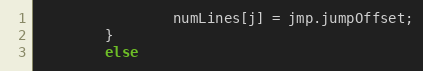
Language: C++
                numLines[j] = jmp.jumpOffset;
        }
        else